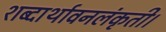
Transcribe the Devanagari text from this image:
शब्दार्थावनलंकृती।